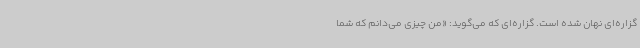
گزاره‌ای نهان شده است. گزاره‌ای که می‌گوید: «من چیزی می‌دانم که شما